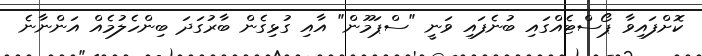
ކޮށްފައިވާ ޕޯސްޓެއްގައި ބުނެފައި ވަނީ "ސްޕަމޫން" އާއި ގުޅިގެން ބާރުގަދަ ބިންހެލުމެއް އަންނާނެ